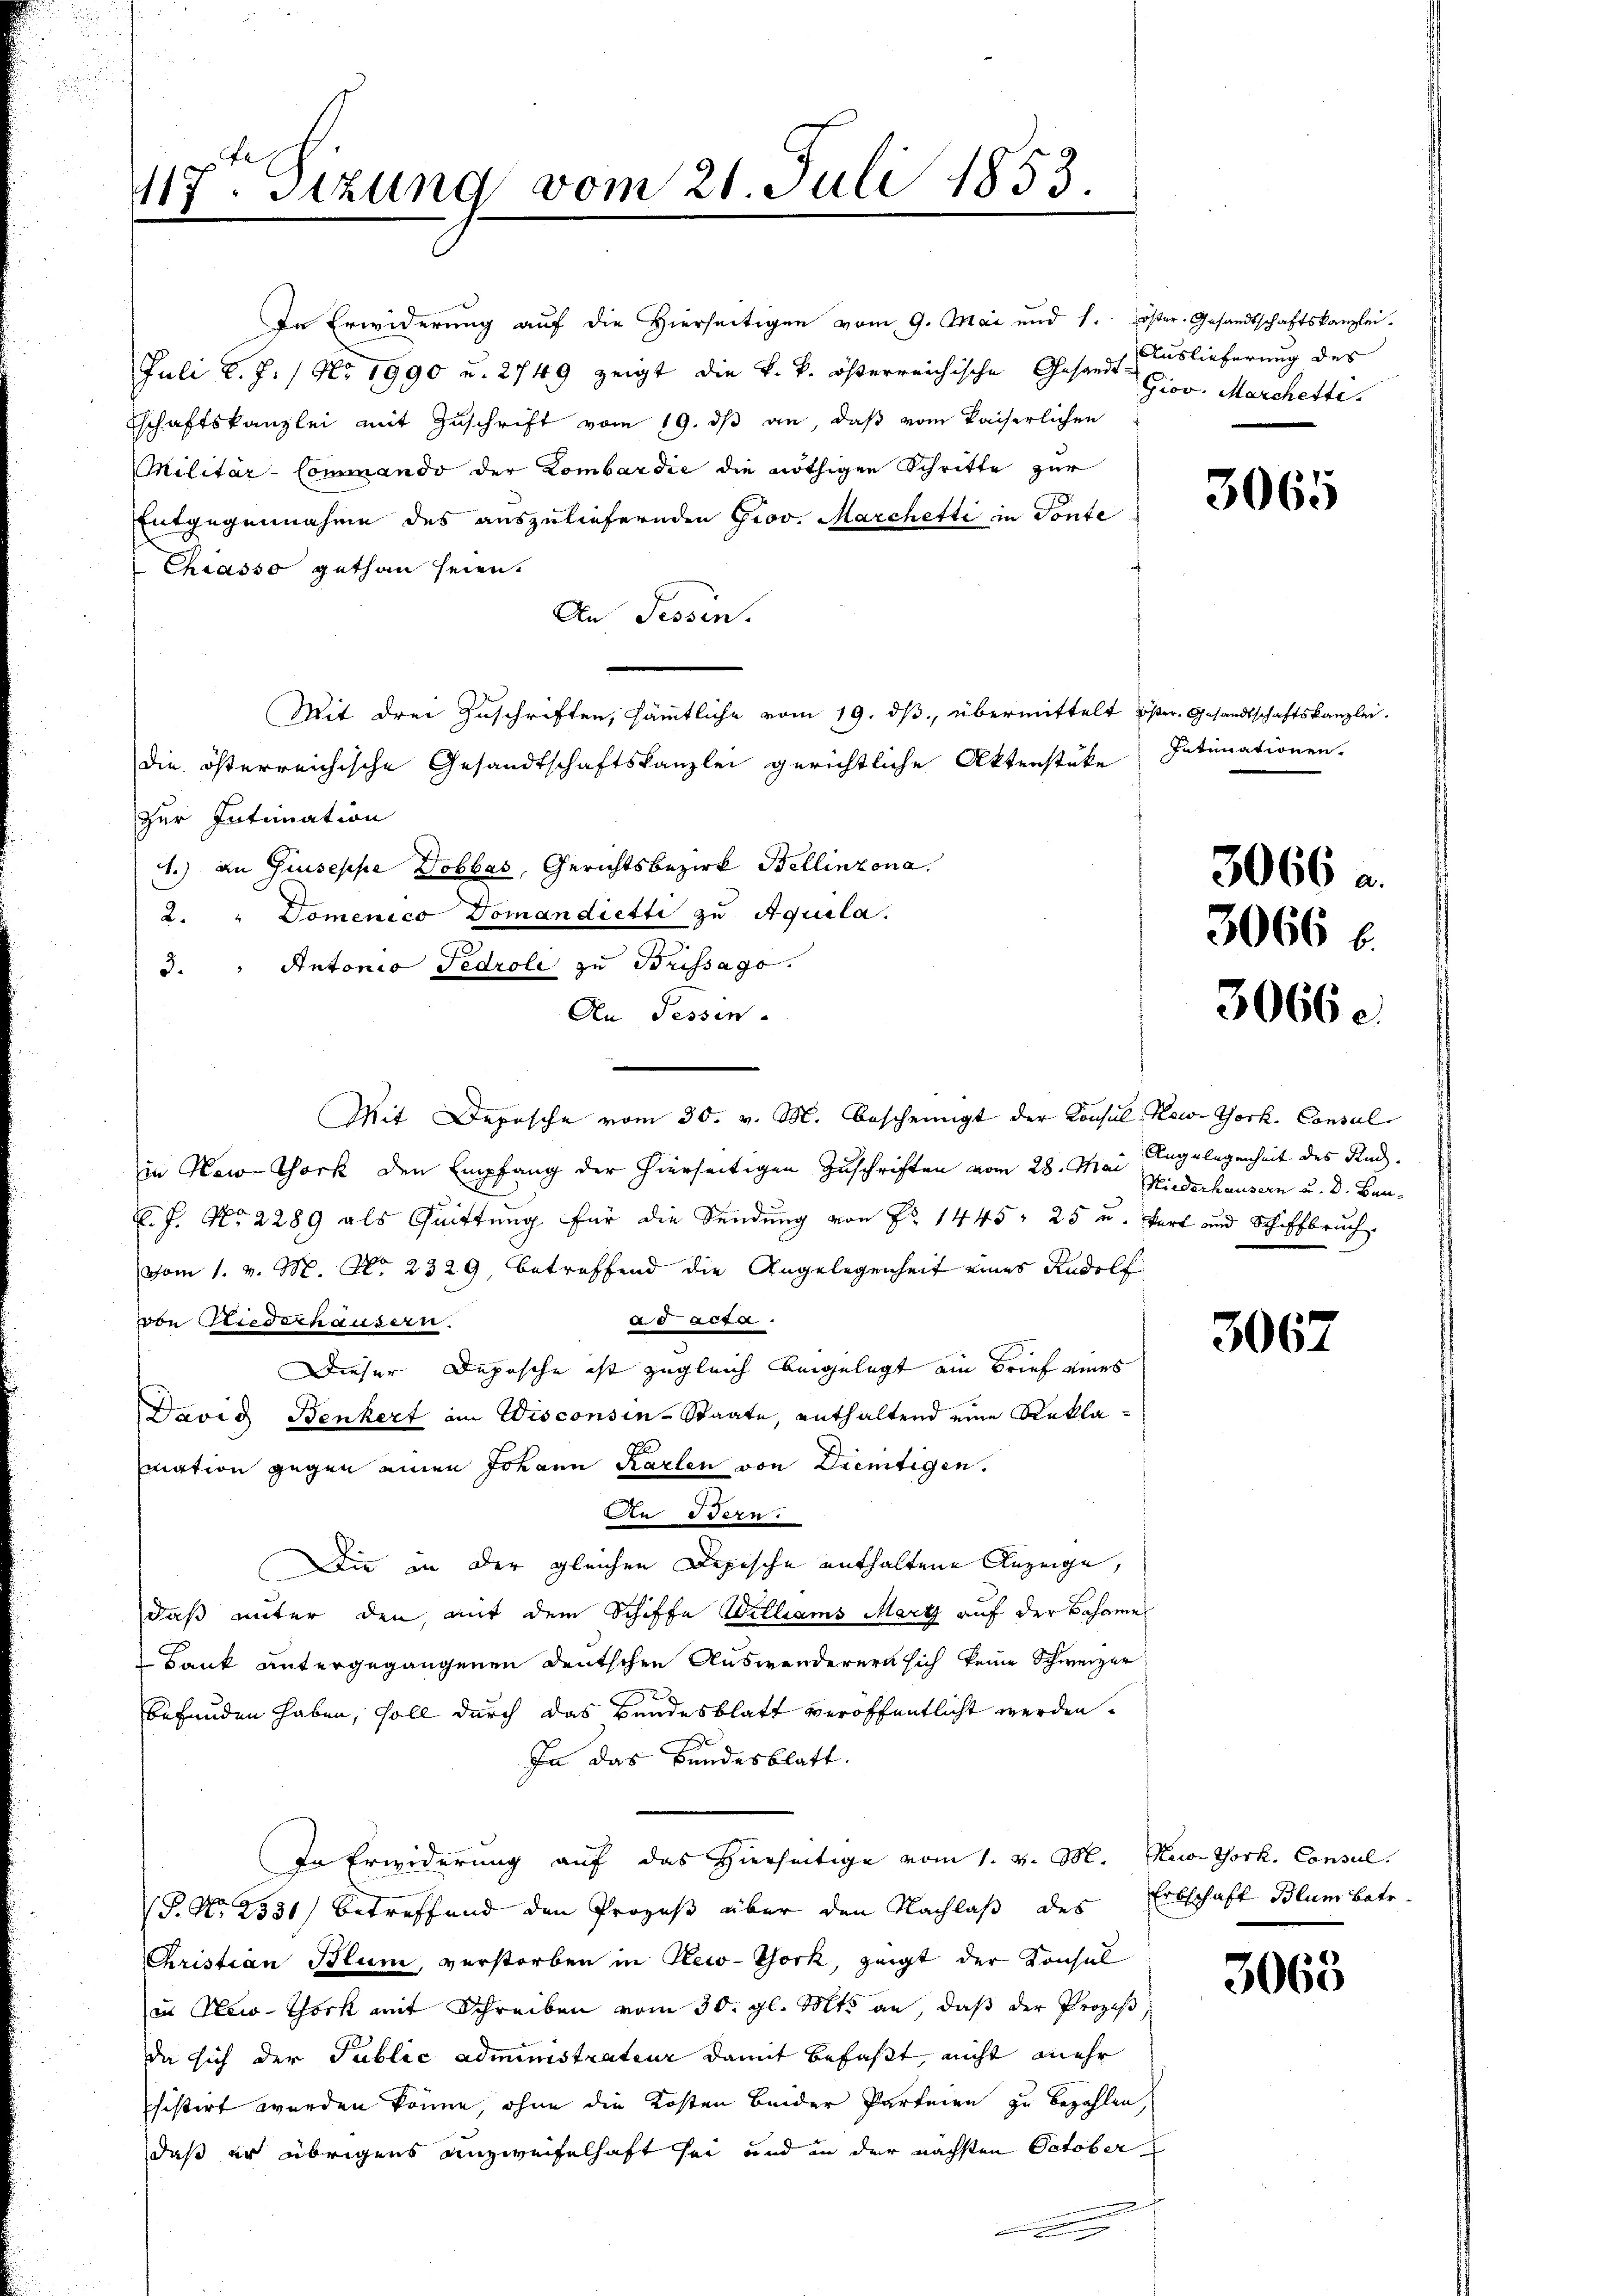
117. Sitzung vom 21. Juli 1853.

In Erwiderung auf die Hierseitigen vom 9. Mai und 1. öster Gesandtschaftskanzlei-
Juli l. J. / Nr. 1990 u. 2749 zeigt die k. k. österreichische Gesandt-
Eschaftskanzlei mit Zŭschrift vom 19. dβ an, daβ vom Kaiserlichen
Militär-Commando der Lombardić die nöthigen Schritte zur
Entgegennahme des auszuliefernden Prov. Marchetti in Fonte
Chiasso gethan seien.
An Tessin.
Mit drei Zuschriften, sämmtliche vom 19. dβ übermittelt Ester. Gesandtschaftskanzlei.
die österreichische Gesandtschaftskanzlei gerichtliche Aktenstüke
zur Intimation
A.) an Giuseppe Dobbac, Gerichtsbezirk Bellinzona.
2. " Domenico Domandietti zu Aquila.
3. " Antonio Tedroli zu Brissago.
An Tessin.
Mit Depesche vom 30. v. M. bescheinigt der Konsul New-York, Consul
in Newe Chork den Empfang der hierseitigen Zuschriften vom 28. Mai 9. Deckausern u. d. Ben¬
E. f. No 2289 als Quittung für die Sendung von Nr. 1445, 25 u. fort und Schiffbruch.
vom 1. v. M. No. 2329, betreffend die Angelegenheit eines Rudolf
ad acta.
von Niederhäusern.
Dieser Depesche ist zugleich beigelegt ein Brief eines
David Benkert im Wisconsin-Staate, enthaltend eine Reklamation gegen einen Johann Karten von Ziemtigen.
An Stern.
Die in der gleichen Depische enthaltene Anzeige,
daß unter den, mit dem Schiffe Williams Merz auf der Bahame
Bank untergegangenen Deutschen Auswanderern sich keine Schweizer
3
befunden haben, soll durch das Bundesblatt veröffentlicht werden.
In das Bundesblatt.
In Erwiderung auf das Hierseitige vom 1. v. M. Kuorthork, Consul
(P. Nr. 2531) betreffend den Prozeß über den Nachlaß des Erbschaft Blum betr.
Christian Blum, verstorben in New-York, zeigt der Konsul
in New-York mit Schreiben vom 30. gl. Mts. an, daß der Prozeß
da sich der Public administrateur damit befaßt, nicht mehr
histirt werden könne, ohne die Kosten beider Parteien zu bezahlen,
daß er übrigens unzweifelhaft sei und in der nächsten October
.

Auslieferung des
Giov. Marchette.

3065

Intimationen.

3066 a
3066 f.

3066.

Angelegenheit des Rech¬

3067

3063